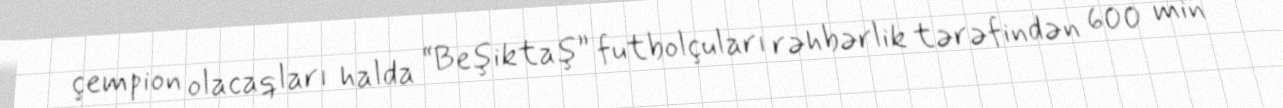
çempion olacaqları halda “Beşiktaş” futbolçuları rəhbərlik tərəfindən 600 min